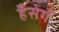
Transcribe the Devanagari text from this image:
हँसेगें